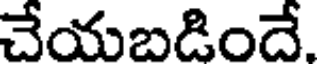
చేయబడిందే.